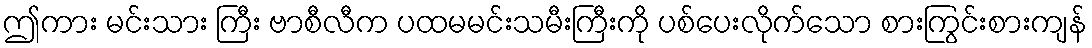
ဤကား မင်းသား ကြီး ဗာစီလီက ပထမမင်းသမီးကြီးကို ပစ်ပေးလိုက်သော စားကြွင်းစားကျန်